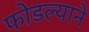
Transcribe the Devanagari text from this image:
फोडल्याने